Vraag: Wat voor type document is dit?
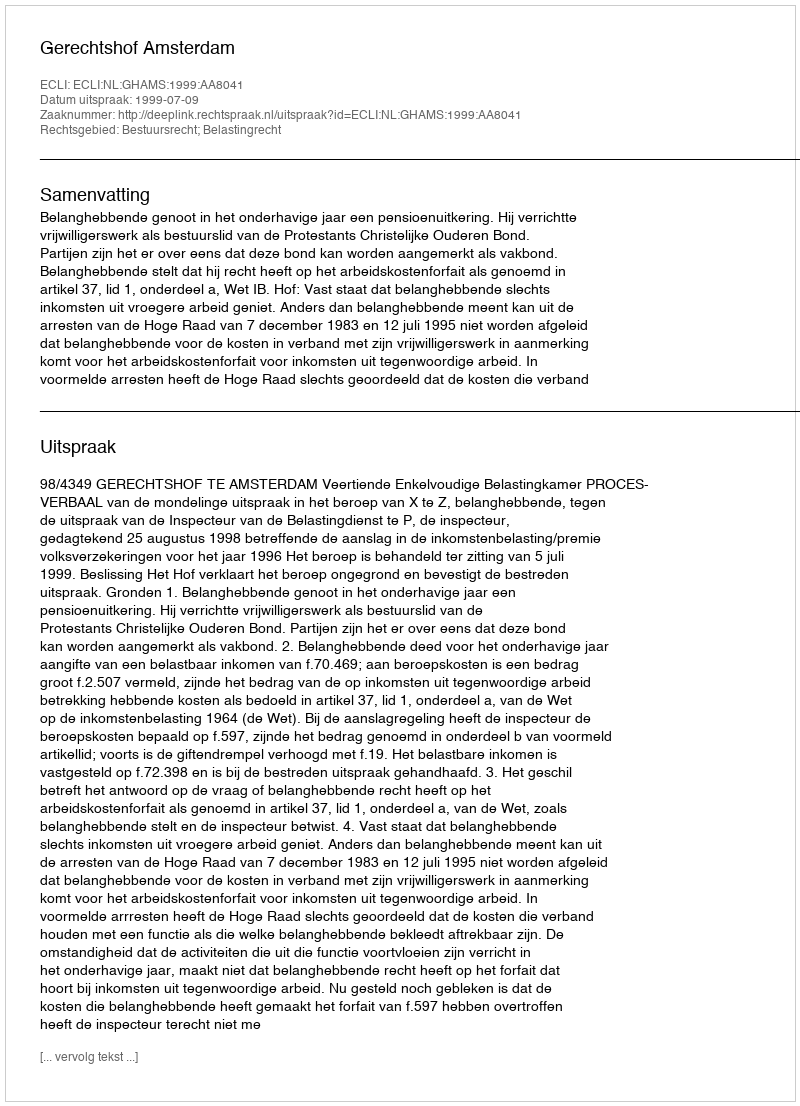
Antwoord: Uitspraak